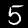
Digit: 5